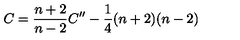
C = \frac { n + 2 } { n - 2 } C ^ { \prime \prime } - \frac { 1 } { 4 } ( n + 2 ) ( n - 2 )